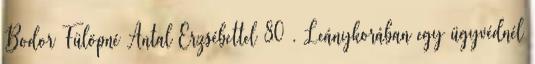
Bodor Fülöpné Antal Erzsébettel 80 . Leánykorában egy ügyvédnél